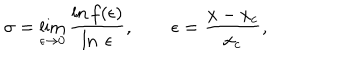
\sigma = \lim _ { \epsilon \rightarrow 0 } \frac { \ln f ( \epsilon ) } { \ln \ \epsilon } , \ \ \epsilon = \frac { x - x _ { c } } { x _ { c } } ,